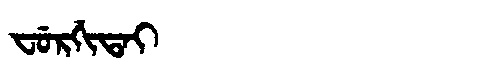
Manchu: ᠸᡠᡵᡤᡳᡨᠠᡳ
Romanization: FURGITAI